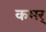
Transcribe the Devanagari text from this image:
कमर्